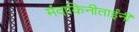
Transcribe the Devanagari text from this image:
मंदाकिनीताईंनी